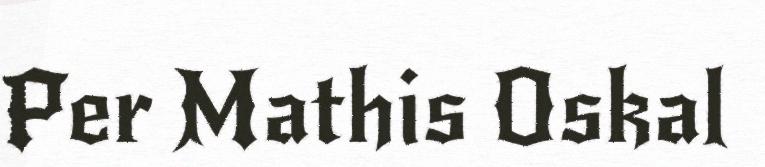
Per Mathis Oskal